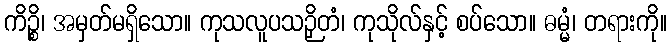
ကိဉ္စိ၊ အမှတ်မရှိသော။ ကုသလူပသဉှိတံ၊ ကုသိုလ်နှင့် စပ်သော။ ဓမ္မံ၊ တရားကို။